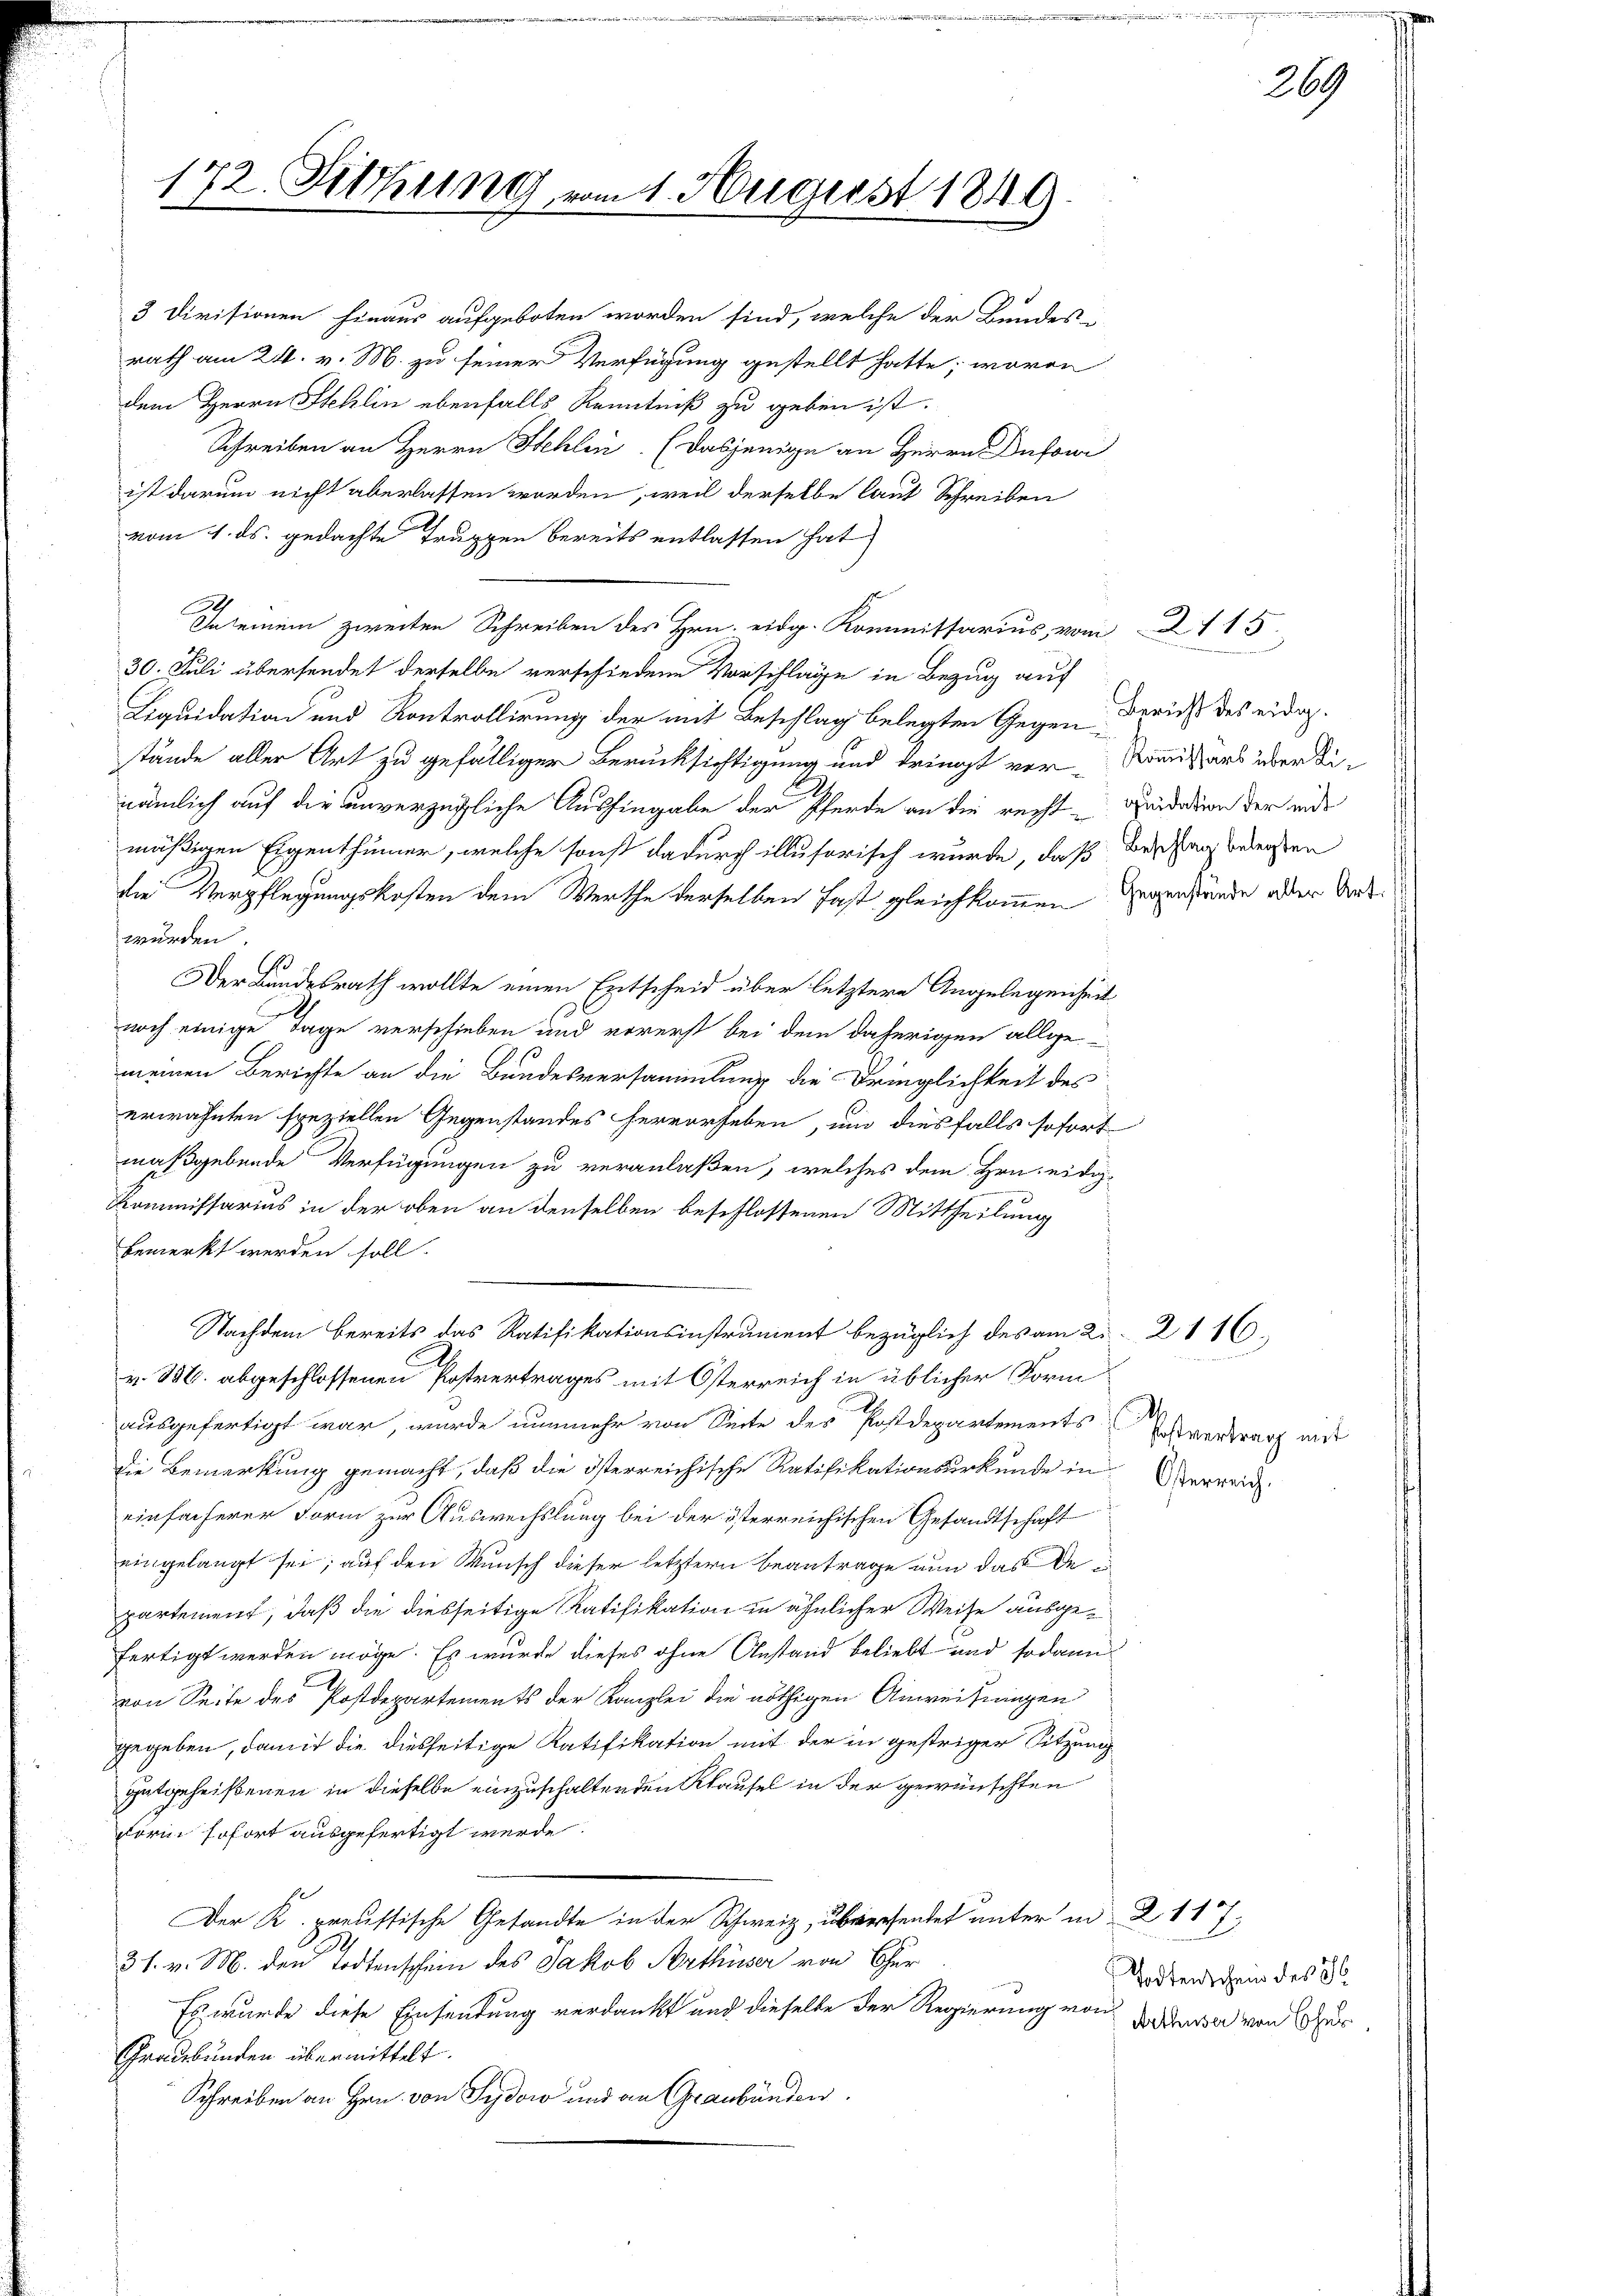
172. Sitzung vom 1. August 1849

3 Divisionen hinaus aufgeboten worden sind, welche der Bundes i
rath am 24. v. M. zu seiner Verfügung gestellt hatte; wovon
dem Herrn Stehlin ebenfalls Kenntniß zu geben ist.
Schreiben an Herrn Stehlen. (Dasjenige an Herrn Dufowi
ist darum nicht aberlassen worden, weil derselbe laut Schreiben
vom 4. ds. gedachte Truppen bereits entlassen hat)
Daseinem zweiten Schreiben des Hrn. eidg. Kommissarius, vom 2115.
30. Juli übersendet derselbe verschiedene Vorschläge in Bezug auf
Liquidation und Kontrollirung der mit Beschlag belegten Gegen-
stände aller Art zu gefälliger Berücksichtigung und dringt ver-Komitars über die
nämlich auf die unverzügliche Aushingabe der Pferde an die recht-Quidation der und
mäßigen Eigenthümer, welche sonst dadurch illusorisch wurde, daß Beschlag bedeuten
die Verpflegungskosten dem Werthe derselben fast gleichkommen
 wurden.
.
Der Bundesrath wollte einen Entscheid über letztere Angelegenheit
noch einige Tage verschieben und vorerst bei dem daherigen allge-
meinen Berichte an die Bundesversammlung die Dringlichkeit des
erwähnten speziellen Gegenstandes hervorheben, um diesfalls sofort
maßgebende Verfügungen zu veranlaßen, welches dem Hrn. eidig-
Kommissarius in der oben an denselben beschlossenen Mittheilung
bemerkt werden soll.
Nachdem Bereits das Ratifikationsinstrument bezüglich des am 2. 2116.
v. M. abgeschlossenen Postvertrages mit Österreich in üblicher Form
ausgefertigt war, wurde nunmehr von Seite des Postdepartements
die Bemerkung gemacht, daß die österreichische Ratifikationsurkunde in Verreich
einfacherer Form zur Auswechslung bei der österreichischen Gesandtschaft
eingelangt sei; auf den Wunsch dieser letztern Beantrage nun das de eipartement, daß die diesseitige Ratifikation in ähnlicher Weise ausgefertigt werden möge. Es wurde dieses ohne Anstand beliebt und sodann
von Seite des Postdepartements der Kanzlei die nöthigen Anweisungen
gegeben, damit die diesseitige Ratifikation mit der in gestriger Sitzung
gutgeheißenen in dieselbe einzuschaltenden Klausel in der gewünschten
Form sofort ausgefertigt werde.
Der K. preustische Gesandte in der Schweiz, überrentet unter in 2 117,
31. v. M. den Todtenschein des Jakob Arthuser von Chur
Es wurde diese Einsendung verdankt und dieselbe der Regierung von der von zur
Graubünden übermittelt.
Schreiben an Hrn. von Sydow und an Graubünden.

Bericht des eidg.
Gegenstande aller Art.

Erstvertrag mit

Todtenschens des 26

269